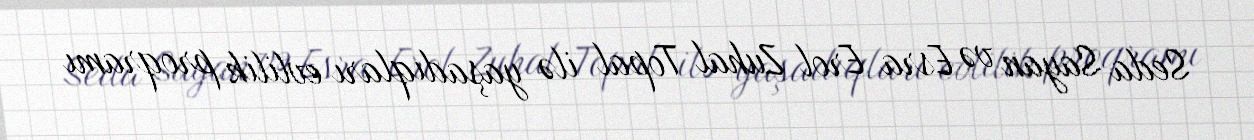
Seda Sayan və Esra Erol Zuhal Topal ilə yaşadıqları evlilik proqramı